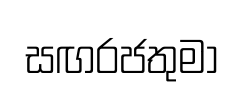
සඟරජතුමා